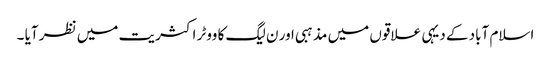
اسلام آباد کے دیہی علاقوں میں مذہبی اور ن لیگ کا ووٹر اکثریت میں نظر آیا ۔